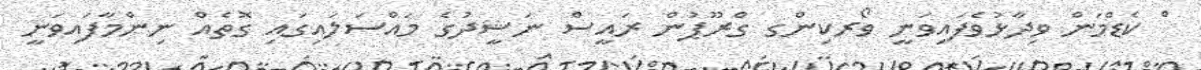
ް ކެޑްމަން ވިދާޅުވެފައިވަނީ ވޯރކިންގ ގްރޫޕުން ރައީސް ނަޝީދުގެ މައްސަލައިގައި ގޮތެއް ނިންމާފައިވަނީ